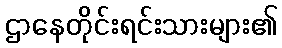
ဌာနေတိုင်းရင်းသားများ၏